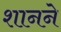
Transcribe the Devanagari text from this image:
शानने